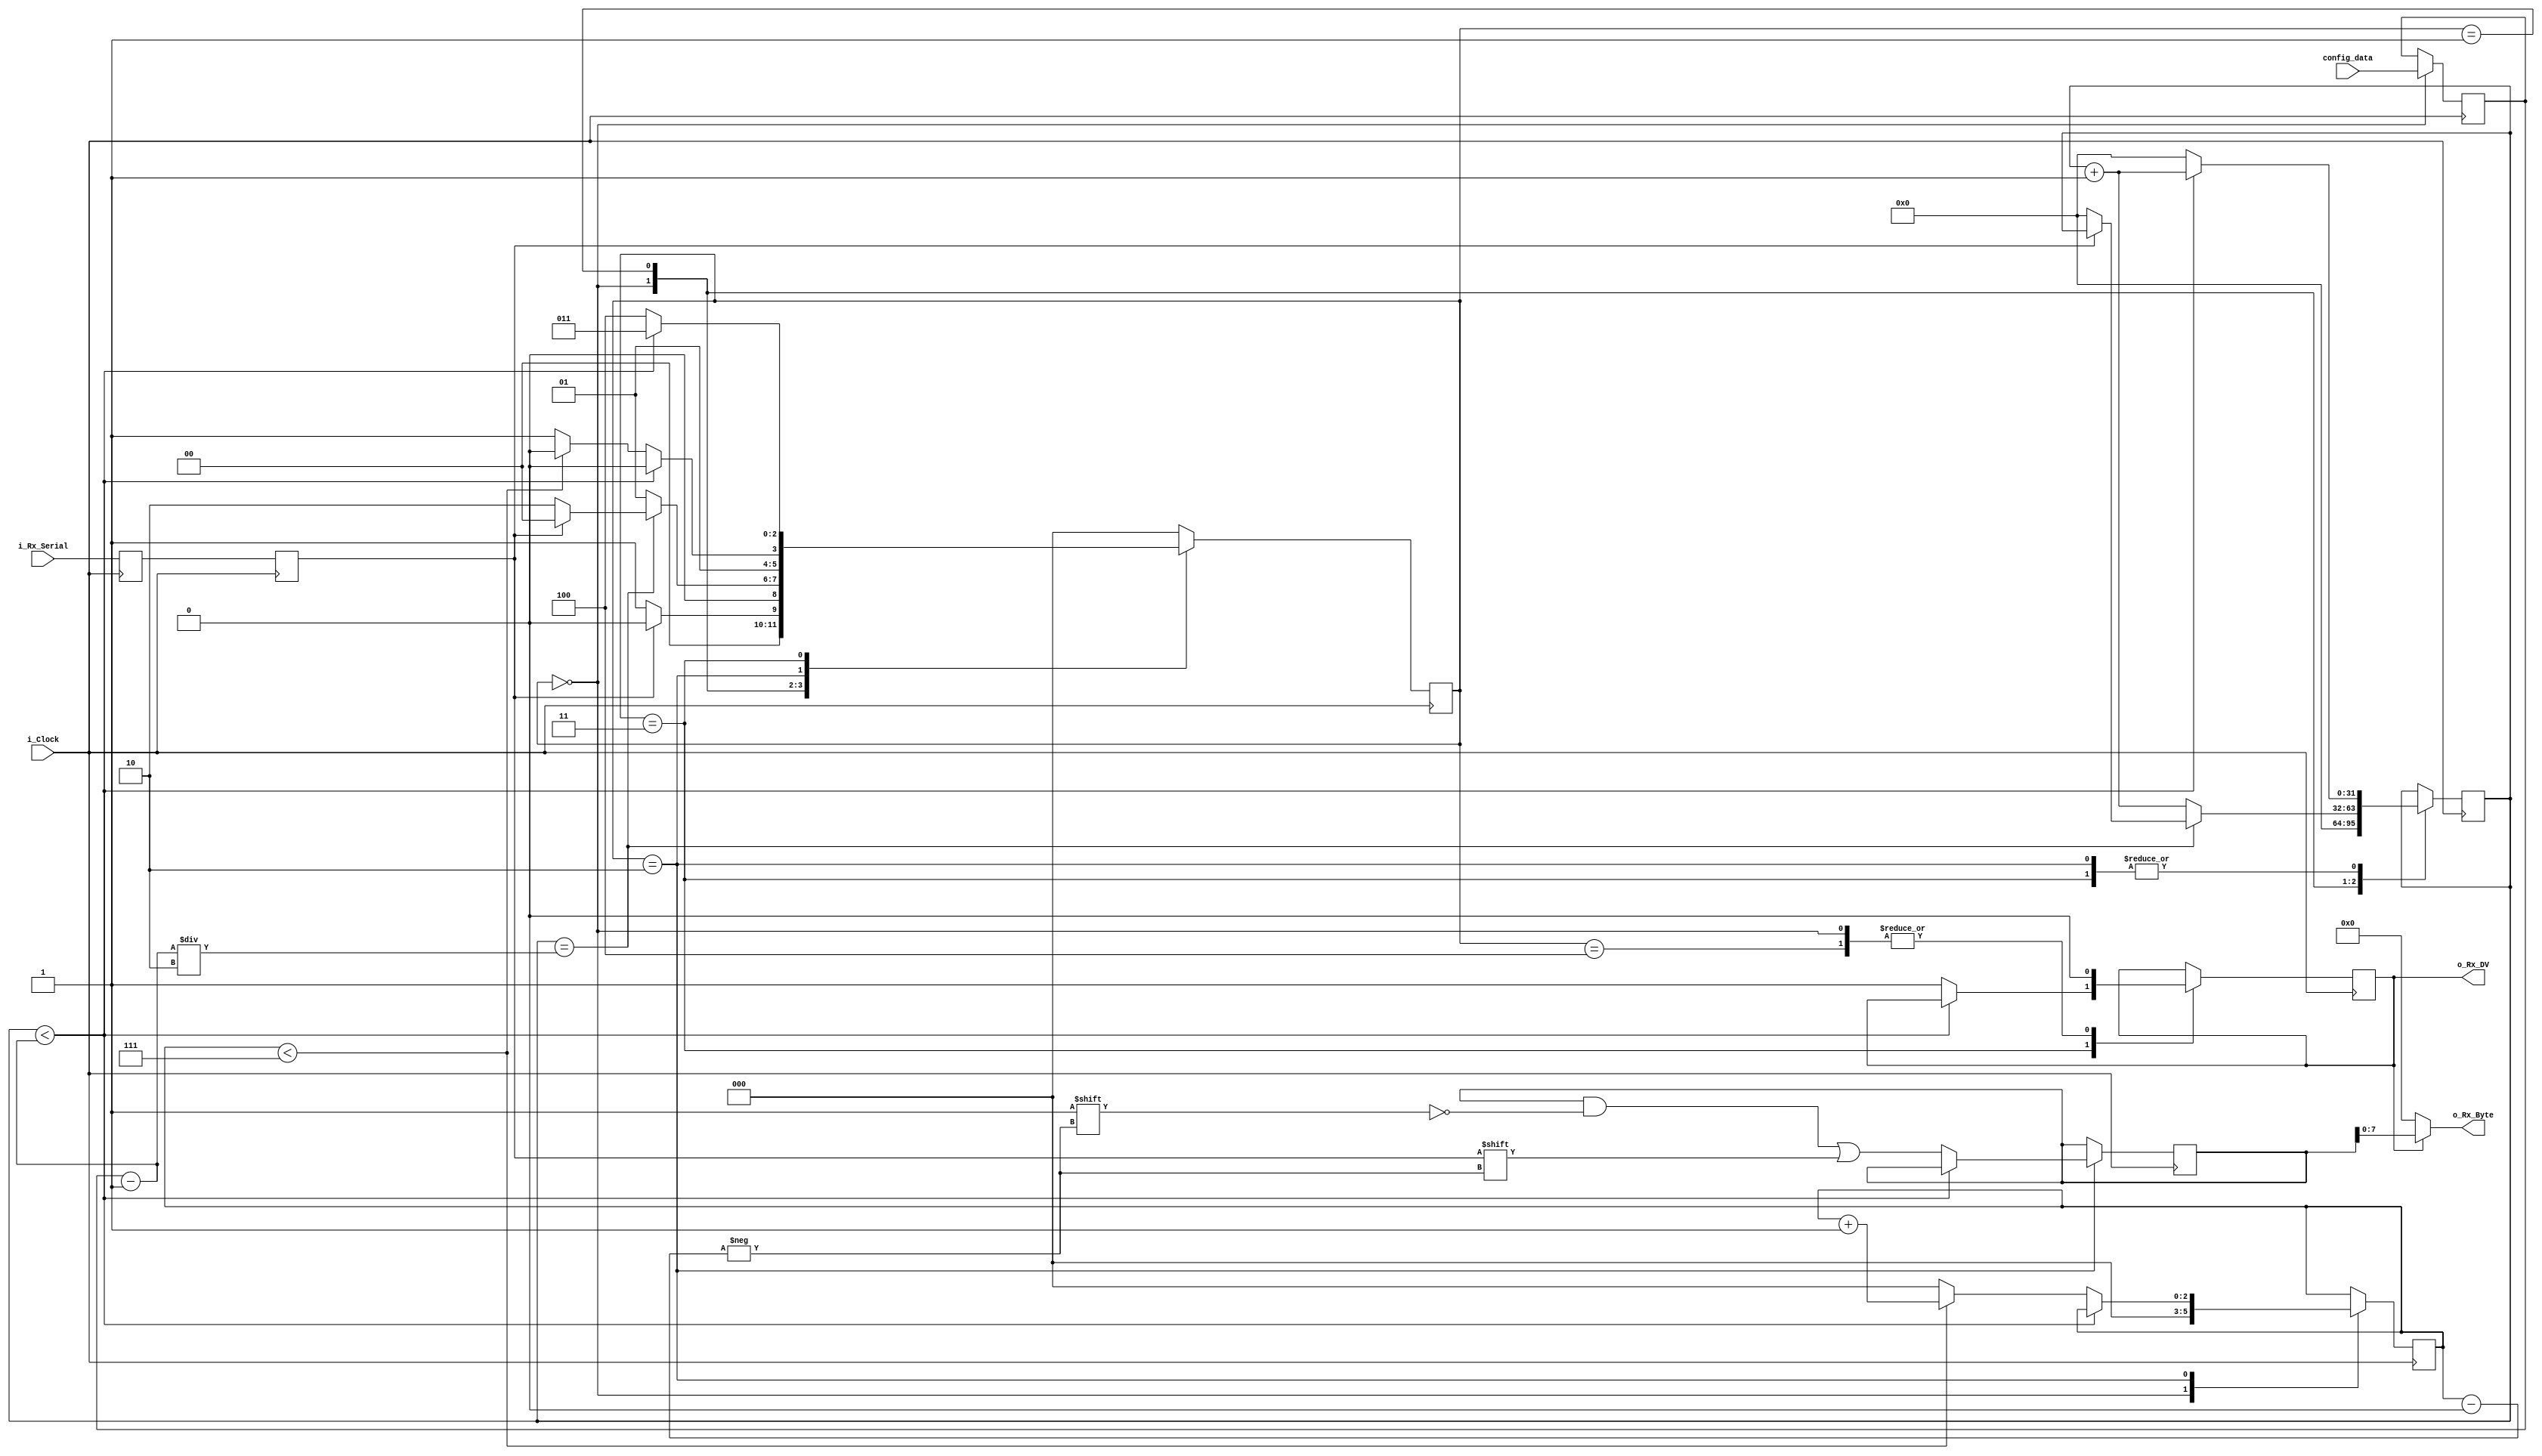
module uart_rx (
 input                          i_Clock,
 input                          i_Rx_Serial,
 input [CONFIG_DATA_WIDTH-1:0]  config_data,
 output                         o_Rx_DV,
 output [UART_DATA_WIDTH-1:0]   o_Rx_Byte
);

/* Global parameters */
parameter UART_DATA_WIDTH   = 8;
parameter CONFIG_DATA_WIDTH = 32;

/* Register declaration and Initialization */
reg [CONFIG_DATA_WIDTH-1:0] r_Clock_Count = 0;
reg [2:0]                   r_Bit_Index   = 0;
reg [UART_DATA_WIDTH:0]     r_Rx_Byte     = 0;
reg                         r_Rx_DV       = 0;
reg [CONFIG_DATA_WIDTH-1:0] r_config_data = 32'd437;


/* State Machine Parameters */ 
reg [2:0]  r_SM_Main      = 0; 
localparam s_IDLE         = 3'b000;
localparam s_RX_START_BIT = 3'b001;
localparam s_RX_DATA_BITS = 3'b010;
localparam s_RX_STOP_BIT  = 3'b011;
localparam s_CLEANUP      = 3'b100;

/* To avoid metastability */
reg           r_Rx_Data_R = 1'b1;
reg           r_Rx_Data   = 1'b1;
always @(posedge i_Clock) begin
  r_Rx_Data_R <= i_Rx_Serial;
  r_Rx_Data   <= r_Rx_Data_R;
end

/* Main FSM */
always @(posedge i_Clock) begin
  r_Rx_Data_R <= i_Rx_Serial;
  r_Rx_Data   <= r_Rx_Data_R;
  case (r_SM_Main)
    s_IDLE : begin
      r_Rx_DV       <= 1'b0;
      r_Clock_Count <= 0;
      r_Bit_Index   <= 0;
      r_config_data <= config_data;
       
      if (r_Rx_Data == 1'b0) begin  // Start bit detected
        r_SM_Main <= s_RX_START_BIT;
      end else begin
        r_SM_Main <= s_IDLE;
      end
    end
  
    s_RX_START_BIT : begin
      if (r_Clock_Count == (r_config_data-1)/2) begin
        if (r_Rx_Data == 1'b0) begin
          r_Clock_Count <= 0;  // reset counter, found the middle
          r_SM_Main     <= s_RX_DATA_BITS;
        end else begin
          r_SM_Main <= s_IDLE;
        end
      end else begin
        r_Clock_Count <= r_Clock_Count + 1;
        r_SM_Main     <= s_RX_START_BIT;
      end
    end

    s_RX_DATA_BITS : begin
      if (r_Clock_Count < r_config_data-1) begin
        r_Clock_Count <= r_Clock_Count + 1;
        r_SM_Main     <= s_RX_DATA_BITS;
      end else begin
        r_Clock_Count          <= 0;
        r_Rx_Byte[r_Bit_Index] <= r_Rx_Data;
         
        // Check if we have received all bits
        if (r_Bit_Index < 7) begin
          r_Bit_Index <= r_Bit_Index + 1;
          r_SM_Main   <= s_RX_DATA_BITS;
        end else begin
          r_Bit_Index <= 0;
          r_SM_Main   <= s_RX_STOP_BIT;
        end
      end
    end
 
    // Receive Stop bit.  Stop bit = 1
    s_RX_STOP_BIT : begin
      // Wait CLKS_PER_BIT-1 clock cycles for Stop bit to finish
      if (r_Clock_Count < r_config_data-1) begin
        r_Clock_Count <= r_Clock_Count + 1;
        r_SM_Main     <= s_RX_STOP_BIT;
      end else begin
        r_Rx_DV       <= 1'b1;
        r_Clock_Count <= 0;
        r_SM_Main     <= s_CLEANUP;
      end
    end

    // Stay here 1 clock
    s_CLEANUP : begin
      r_SM_Main <= s_IDLE;
      r_Rx_DV   <= 1'b0;
    end
     
    default : r_SM_Main <= s_IDLE;
  endcase
end

assign o_Rx_DV   = r_Rx_DV;
assign o_Rx_Byte = r_Rx_DV ? r_Rx_Byte : 0;

endmodule